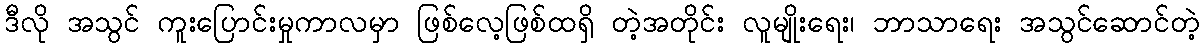
ဒီလို အသွင် ကူးပြောင်းမှုကာလမှာ ဖြစ်လေ့ဖြစ်ထရှိ တဲ့အတိုင်း လူမျိုးရေး၊ ဘာသာရေး အသွင်ဆောင်တဲ့